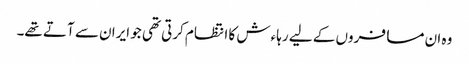
وہ ان مسافروں کے لیے رہاءش کا انتظام کرتی تھی جو ایران سے آتے تھے۔